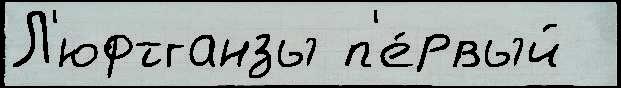
Л'юфтганзы п'е́рвый